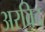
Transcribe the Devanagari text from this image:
अरविद